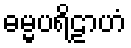
ဓမ္မပရိဠာဟံ